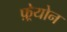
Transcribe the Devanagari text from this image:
फ़्रेयोन